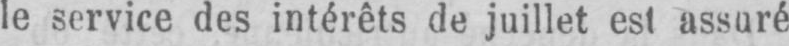
le service des intérêts de juillet est assuré